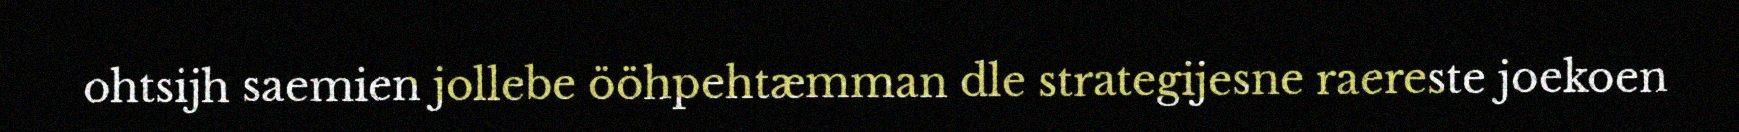
ohtsijh saemien jollebe ööhpehtæmman dle strategijesne raereste joekoen